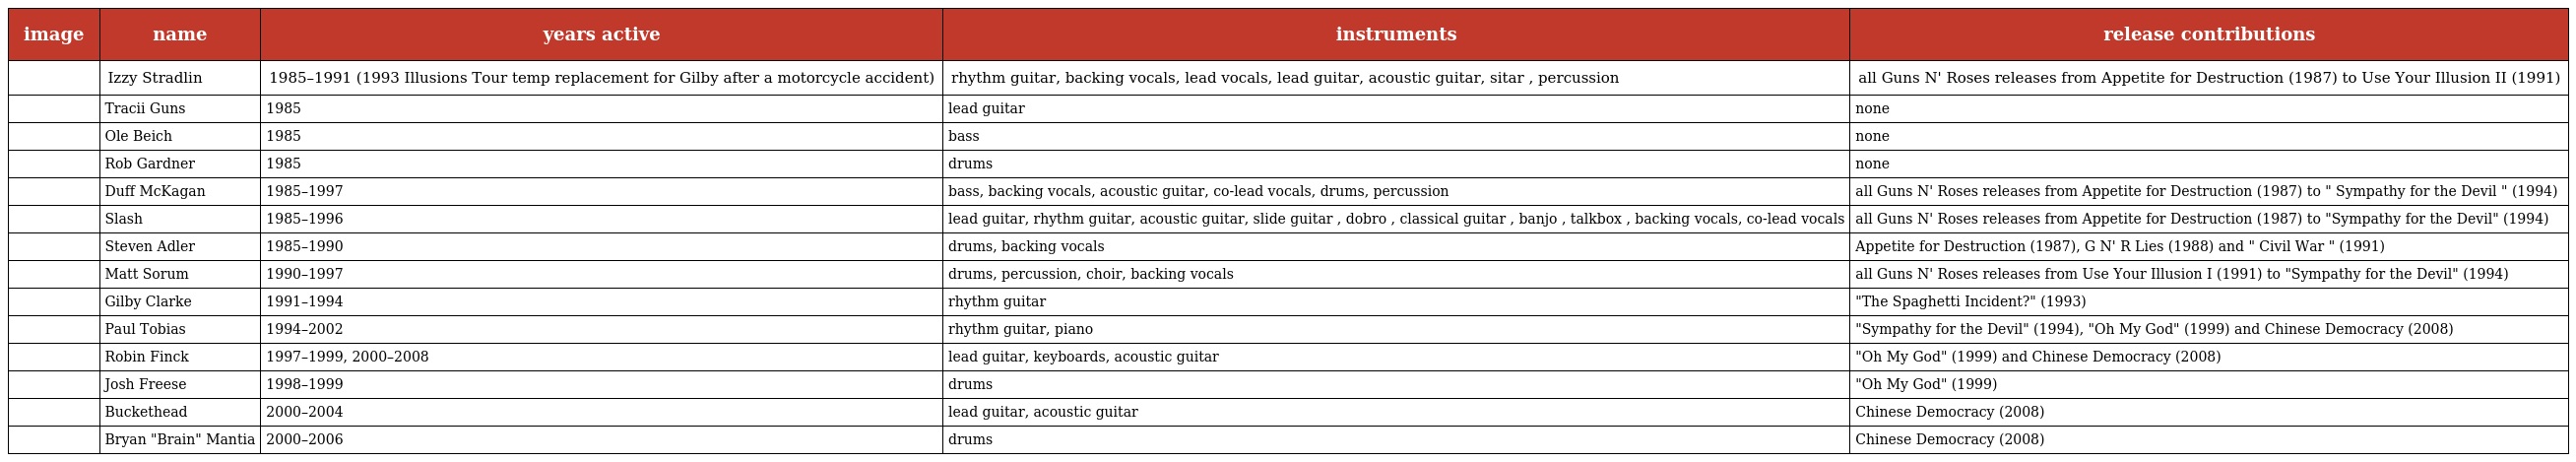
| image | name | years active | instruments | release contributions |
 | --- | --- | --- | --- | --- |
 |  | Izzy Stradlin | 1985–1991 (1993 Illusions Tour temp replacement for Gilby after a motorcycle accident) | rhythm guitar, backing vocals, lead vocals, lead guitar, acoustic guitar, sitar , percussion | all Guns N' Roses releases from Appetite for Destruction (1987) to Use Your Illusion II (1991) |
 |  | Tracii Guns | 1985 | lead guitar | none |
 |  | Ole Beich | 1985 | bass | none |
 |  | Rob Gardner | 1985 | drums | none |
 |  | Duff McKagan | 1985–1997 | bass, backing vocals, acoustic guitar, co-lead vocals, drums, percussion | all Guns N' Roses releases from Appetite for Destruction (1987) to " Sympathy for the Devil " (1994) |
 |  | Slash | 1985–1996 | lead guitar, rhythm guitar, acoustic guitar, slide guitar , dobro , classical guitar , banjo , talkbox , backing vocals, co-lead vocals | all Guns N' Roses releases from Appetite for Destruction (1987) to "Sympathy for the Devil" (1994) |
 |  | Steven Adler | 1985–1990 | drums, backing vocals | Appetite for Destruction (1987), G N' R Lies (1988) and " Civil War " (1991) |
 |  | Matt Sorum | 1990–1997 | drums, percussion, choir, backing vocals | all Guns N' Roses releases from Use Your Illusion I (1991) to "Sympathy for the Devil" (1994) |
 |  | Gilby Clarke | 1991–1994 | rhythm guitar | "The Spaghetti Incident?" (1993) |
 |  | Paul Tobias | 1994–2002 | rhythm guitar, piano | "Sympathy for the Devil" (1994), "Oh My God" (1999) and Chinese Democracy (2008) |
 |  | Robin Finck | 1997–1999, 2000–2008 | lead guitar, keyboards, acoustic guitar | "Oh My God" (1999) and Chinese Democracy (2008) |
 |  | Josh Freese | 1998–1999 | drums | "Oh My God" (1999) |
 |  | Buckethead | 2000–2004 | lead guitar, acoustic guitar | Chinese Democracy (2008) |
 |  | Bryan "Brain" Mantia | 2000–2006 | drums | Chinese Democracy (2008) |